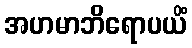
အဟမာဘိရောပယိံ